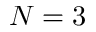
N = 3